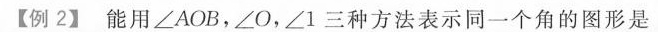
【例2】能用∠AOB，∠O，∠1三种方法表示同一个角的图形是